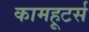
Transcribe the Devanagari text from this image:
कामहूटर्स